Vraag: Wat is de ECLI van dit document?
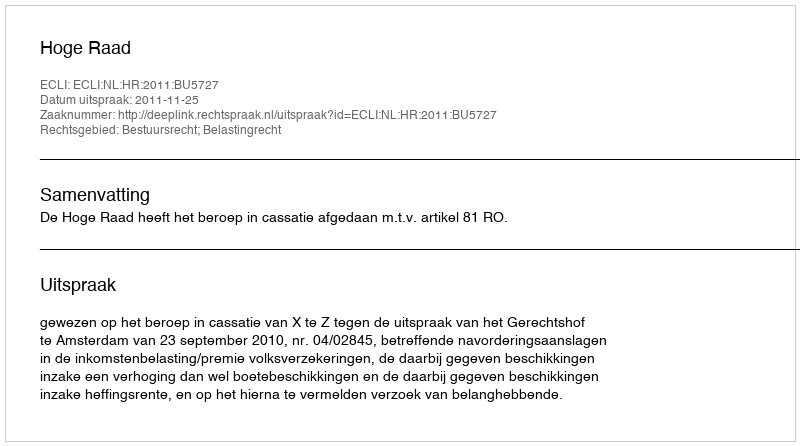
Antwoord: ECLI:NL:HR:2011:BU5727